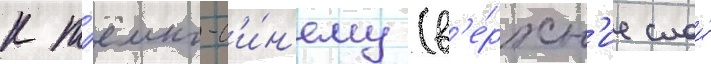
к т'ёмно-с'и́н'ему (в'е́рхн'ие слои́